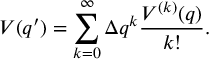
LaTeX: V ( q ^ { \prime } ) = \sum _ { k = 0 } ^ { \infty } \Delta q ^ { k } \frac { V ^ { ( k ) } ( q ) } { k ! } .